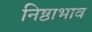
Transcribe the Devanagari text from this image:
निष्ठाभाव